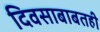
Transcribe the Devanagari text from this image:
दिवसाबाबतही